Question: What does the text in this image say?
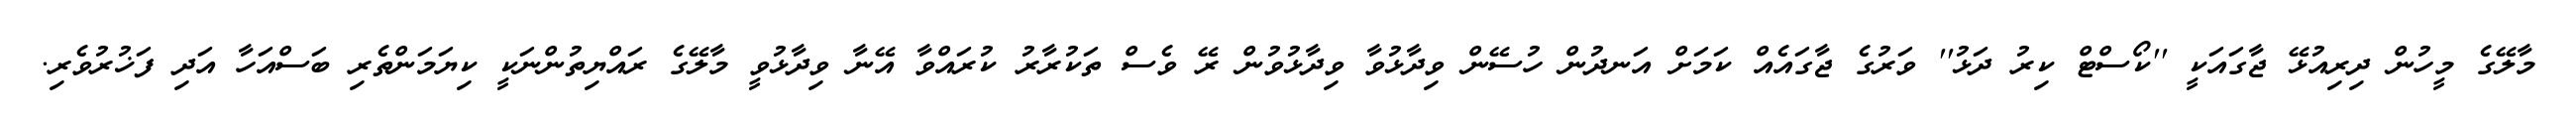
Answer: މާލޭގެ މީހުން ދިރިއުޅޭ ޖާގައަކީ ''ކޯސްޓް ކިރު ދަޅު'' ވަރުގެ ޖާގައެއް ކަމަށް އަނދުން ހުސޭން ވިދާޅުވާ ވިދާޅުވުން ރޭ ވެސް ތަކުރާރު ކުރައްވާ އޭނާ ވިދާޅުވީ މާލޭގެ ރައްޔިތުންނަކީ ކިޔަމަންތެރި ބަސްއަހާ އަދި ފަޚުރުވެރި.